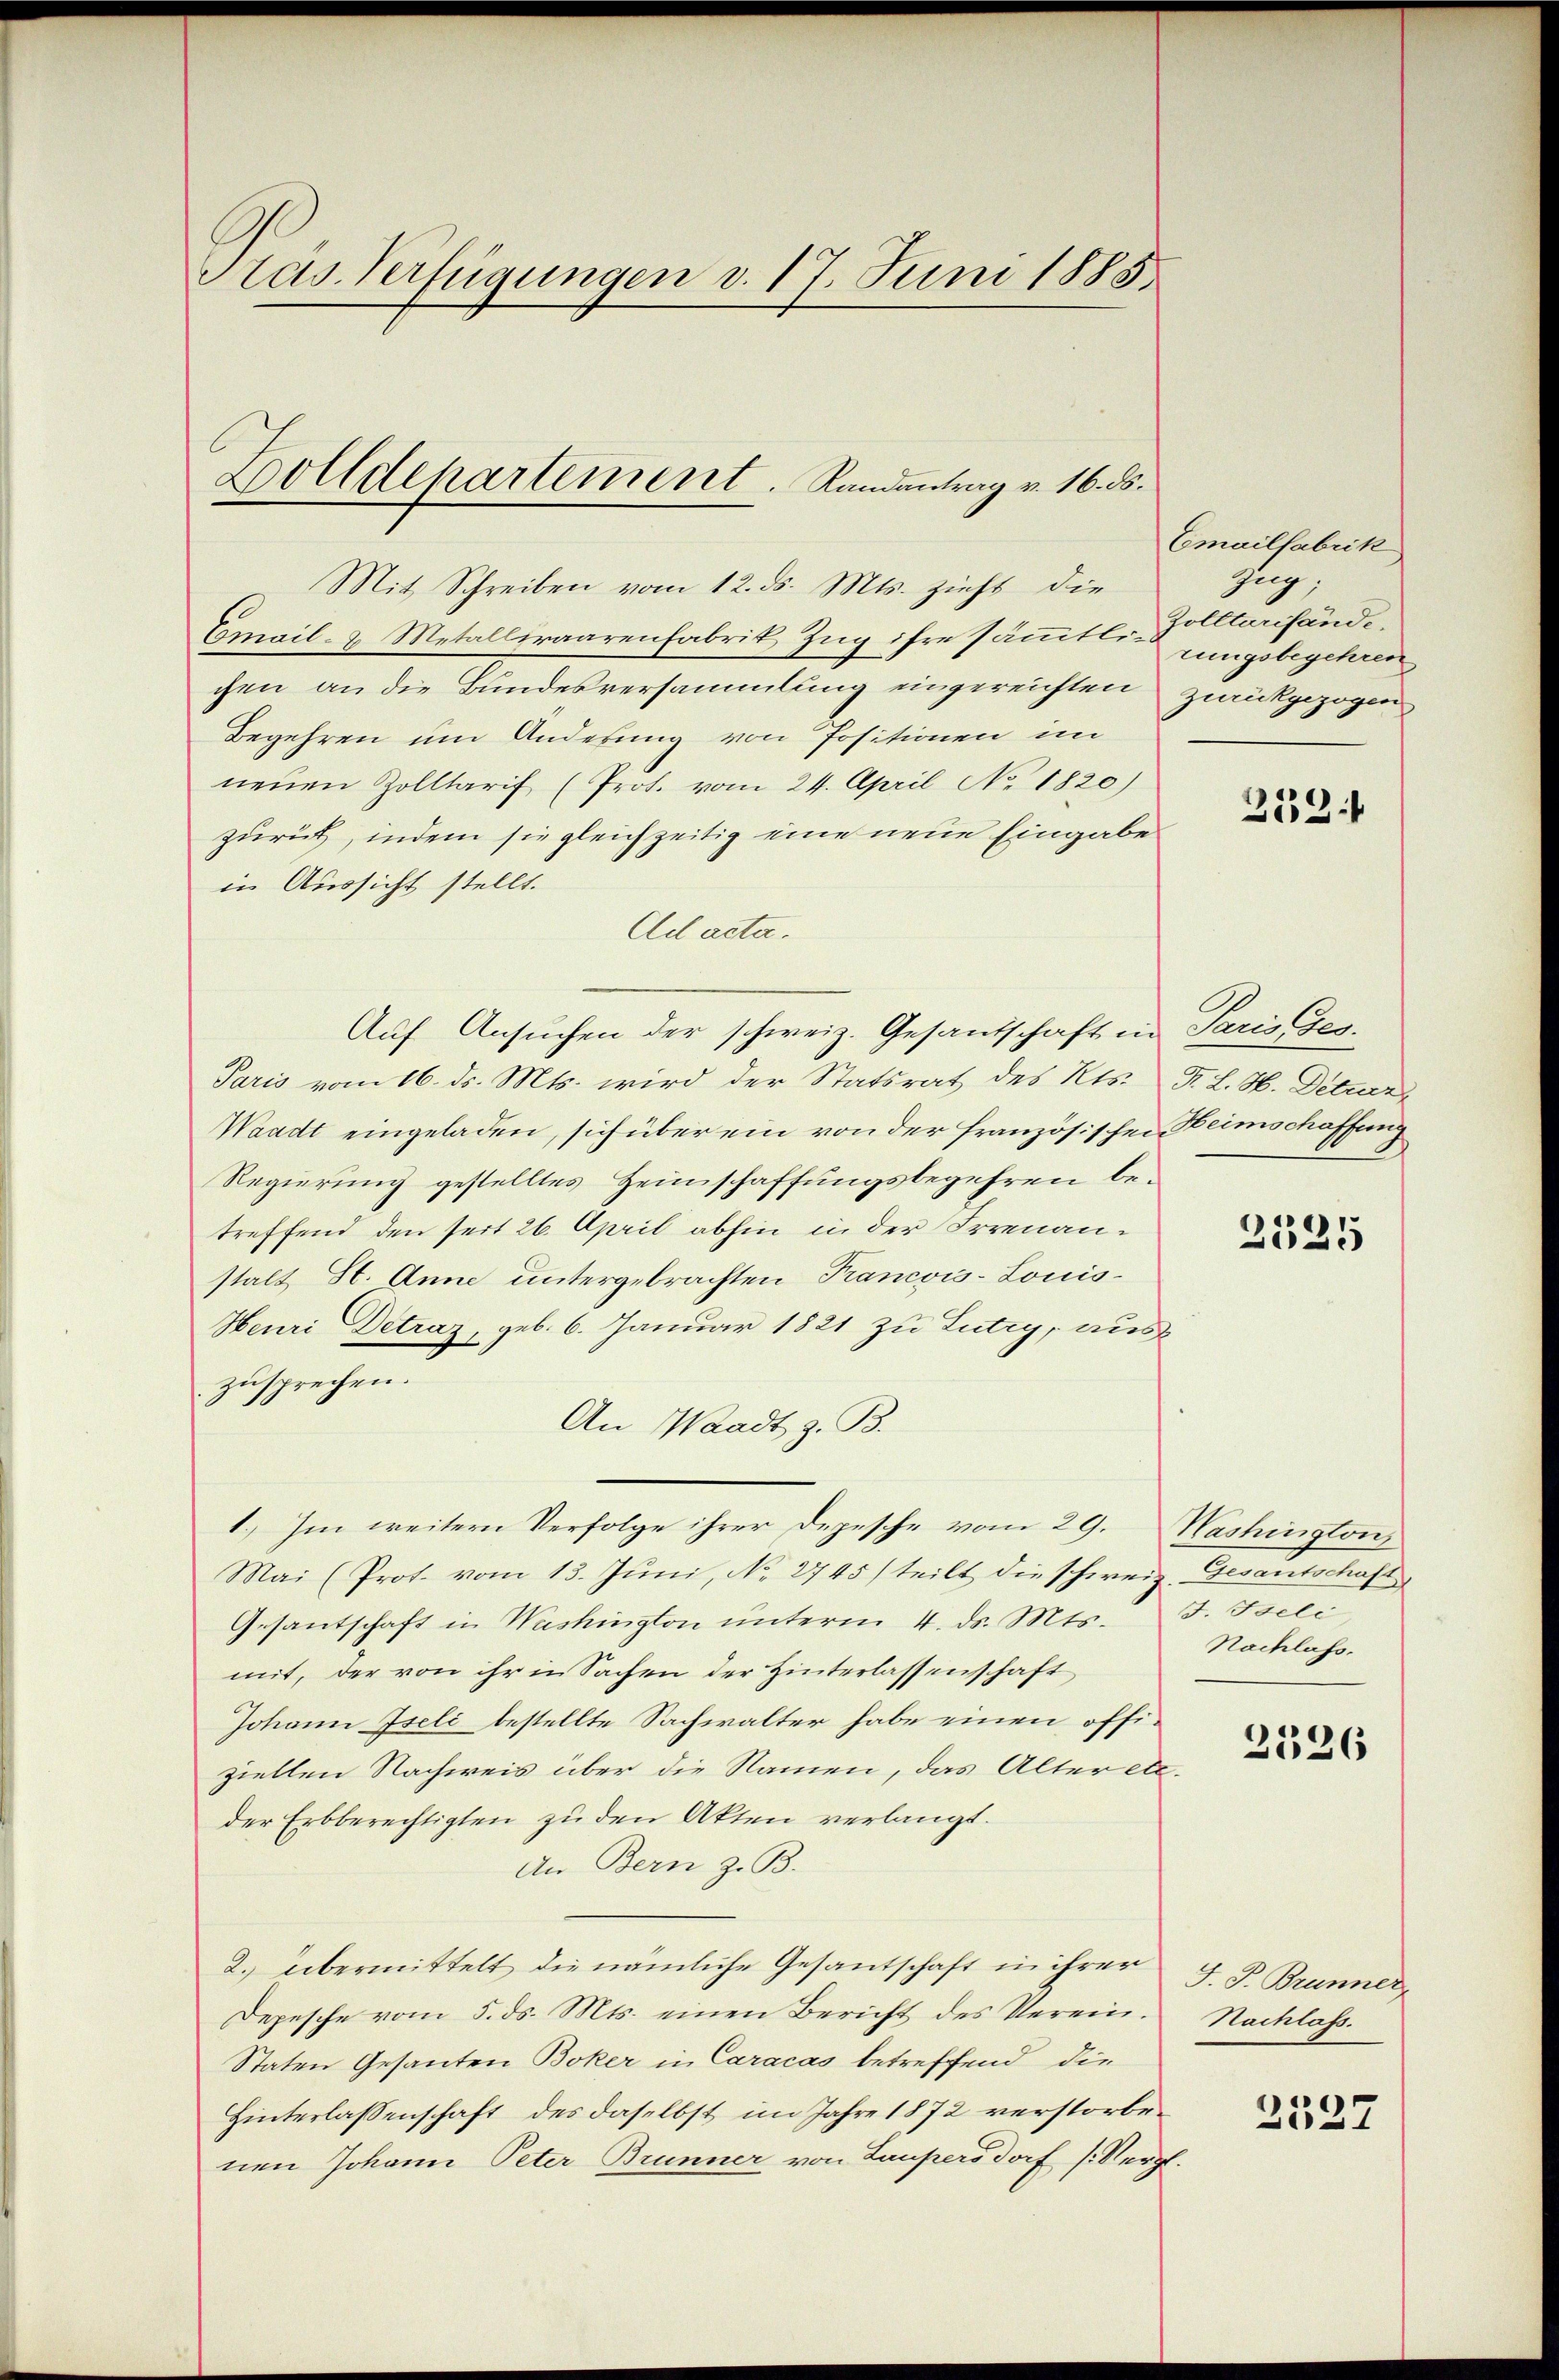
Pas Verfügungen d. 17. Juni 1885.

Zolldepartement. Randantrag v. 16. ds.

Mit Schreiben vom 12. ds. Mts. zieht die
Email- & Metalliraarenfabrik, Zug ihre samten ungsbegehren
chen an die Bundesversammlung eingereichten zurückgezogen
Begehren um Anderung von Positionen im
neuen Zolltarif (Prot. vom 24. April No 1820)
zurück, indem sie gleichzeitig eine neue Eingabe
in Aussicht stellt.
Ad acta.
Paris vom 16. ds. Mts. wird der Statsrat des Kts. F. L. H. Deter
Waadt eingeladen, sich über ein von der Französischen Heimschaffung
Regierung gestelltes Heimschaffungsbegehren betreffend den seit 26. April abhin in der Irrenanstalt St. Anne untergebrachten Pancois-Louis¬
Heuri Detraz, geb. 6. Januar 1821 zu Lutry, auszusprechen.
An Waadt z. B.
1.) Im weitern Verfolge ihrer Depesche vom 29. Washington
Mai (Prot. vom 13. Juni, No. 2745) teilt die schweiz. Gesantschaft
Gesantschaft in Washington unterm 4. d. Mts. J. Iseli
mit, der von ihr in Sachen der Hinterlassenschaft
Johann Iseli bestellte Sachwalter habe einen offiziellen Nachweis über die Namen, das Alter etc.
der Erbberechtigten zu den Akten verlangt.
An Bern z. B.
2.) Übermittelt die nämliche Gesantschaft in ihrer J. J. Brunner
Depesche vom 5. ds. Mts. einen Bericht des Verein¬
Staten Gesanten Boker in Caracas betreffend die
Hinterlassenschaft des daselbst im Jahre 1872 verstorbenen Johann Peter Brunner von Laupersdorf (Vergl.

Auf Ansuchen der schweiz. Gesantschaft in Paris Ges.

Emailfabrik,
Zug;
Zolltarifände.

253:

2525

Nachlass.

2326

Nachlass.

2537